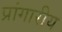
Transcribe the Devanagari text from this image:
प्रांगारीय